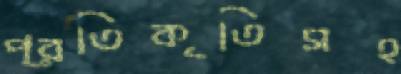
প্রতিকৃতিসহ